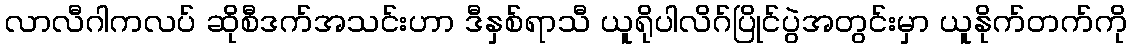
လာလီဂါကလပ် ဆိုစီဒက်အသင်းဟာ ဒီနှစ်ရာသီ ယူရိုပါလိဂ်ပြိုင်ပွဲအတွင်းမှာ ယူနိုက်တက်ကို